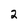
Character: 2